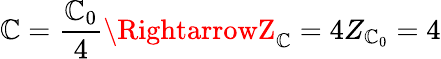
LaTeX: \mathbb{C}=\frac{{\mathbb{C}_{0}}}{{4}}\RightarrowZ_{\mathbb{C}}=4Z_{\mathbb{C}_{0}}=4